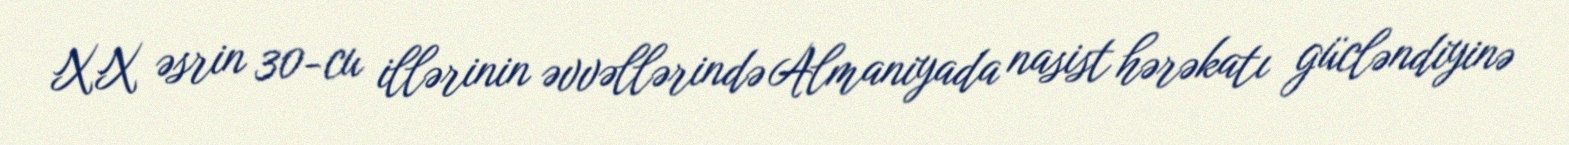
XX əsrin 30-cu illərinin əvvəllərində Almaniyada nasist hərəkatı gücləndiyinə